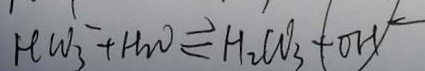
H C O _ { 3 } ^ { - } + H _ { 2 } O \rightleftharpoons H _ { 2 } C O _ { 3 } + O H